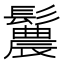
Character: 鬞